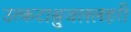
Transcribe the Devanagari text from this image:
उत्कटाश्रुजललहरी